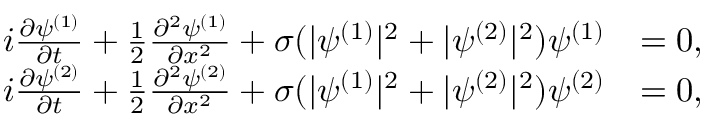
\begin{array} { r l } { i \frac { \partial \psi ^ { ( 1 ) } } { \partial t } + \frac { 1 } { 2 } \frac { \partial ^ { 2 } \psi ^ { ( 1 ) } } { \partial x ^ { 2 } } + \sigma ( | \psi ^ { ( 1 ) } | ^ { 2 } + | \psi ^ { ( 2 ) } | ^ { 2 } ) \psi ^ { ( 1 ) } } & { = 0 , } \\ { i \frac { \partial \psi ^ { ( 2 ) } } { \partial t } + \frac { 1 } { 2 } \frac { \partial ^ { 2 } \psi ^ { ( 2 ) } } { \partial x ^ { 2 } } + \sigma ( | \psi ^ { ( 1 ) } | ^ { 2 } + | \psi ^ { ( 2 ) } | ^ { 2 } ) \psi ^ { ( 2 ) } } & { = 0 , } \end{array}